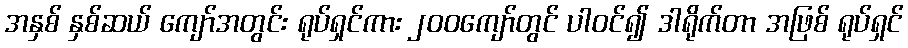
အနှစ် နှစ်ဆယ် ကျော်အတွင်း ရုပ်ရှင်ကား ၂၀၀ကျော်တွင် ပါဝင်၍ ဒါရိုက်တာ အဖြစ် ရုပ်ရှင်